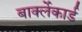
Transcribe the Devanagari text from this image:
बार्क्लेकार्ड